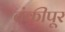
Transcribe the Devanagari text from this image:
बंकीपूर